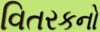
વિતરકનો